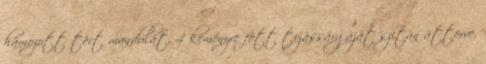
hámozott tört mandulát, 4 keményre fõtt tojássárgáját szitán áttörve,